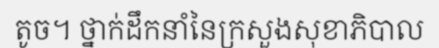
តូច។ ថ្នាក់ដឹកនាំនៃក្រសួងសុខាភិបាល